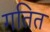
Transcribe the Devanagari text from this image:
गतित